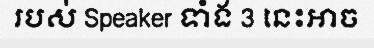
របស់ Speaker ទាំង 3 នេះអាច